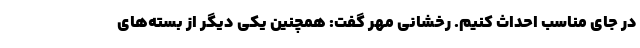
در جای مناسب احداث کنیم. رخشانی مهر گفت: همچنین یکی دیگر از بسته‌های